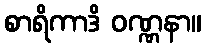
စာရိကာဒိ ဝဏ္ဏနာ။